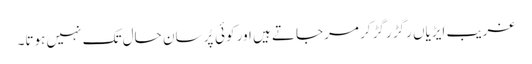
غریب ایڑیاں رگڑ رگڑ کر مرجاتے ہیں اور کوئی پُرسانِ حال تک نہیں ہوتا۔